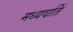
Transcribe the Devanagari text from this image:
मध्यवर्ति